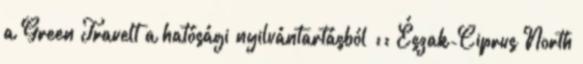
a Green Travelt a hatósági nyilvántartásból :: Észak-Ciprus North